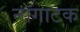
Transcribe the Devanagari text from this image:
नॉगाटक